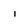
Character: i